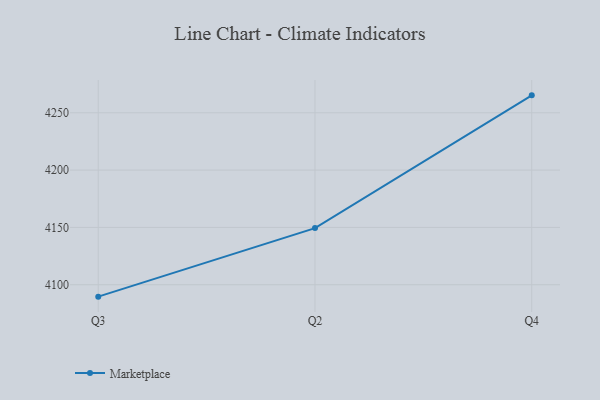
{"axis": {"x": "Quarter", "y": "Churn Rate (%)"}, "legend": ["Marketplace"], "data": [{"x": "Q3", "y": 4089.6, "type": "Marketplace"}, {"x": "Q2", "y": 4149.4, "type": "Marketplace"}, {"x": "Q4", "y": 4265.2, "type": "Marketplace"}]}